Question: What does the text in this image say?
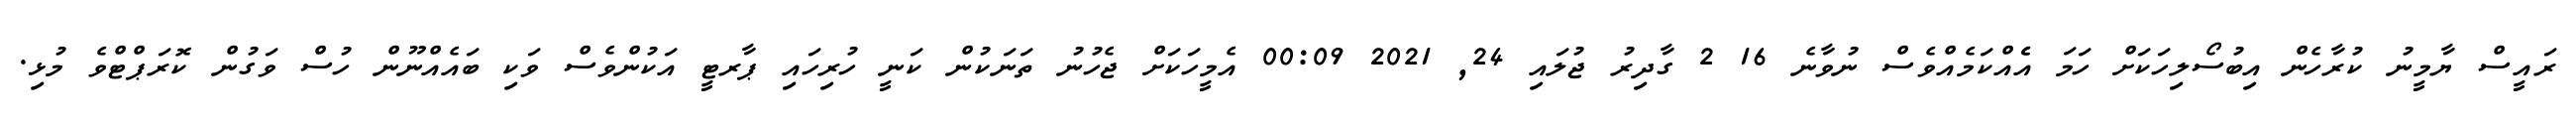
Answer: ރައީސް ޔާމީނު ކުރާހެން އިބުސޯލިހަކަށް ހަމަ އެެއްކަމެއްވެސް ނުވާނެ 16 2 ގާދިރު ޖުލައި 24, 2021 00:09 އެމީހަކަށް ޖެހުނު ތަނަކުން ކަނީ ހުރިހައި ޕާރޓީ އަކުންވެސް ވަކި ބައެއްނޫން ހުސް ވަގުން ކޮރަޕްޓްވެ މުޅި.